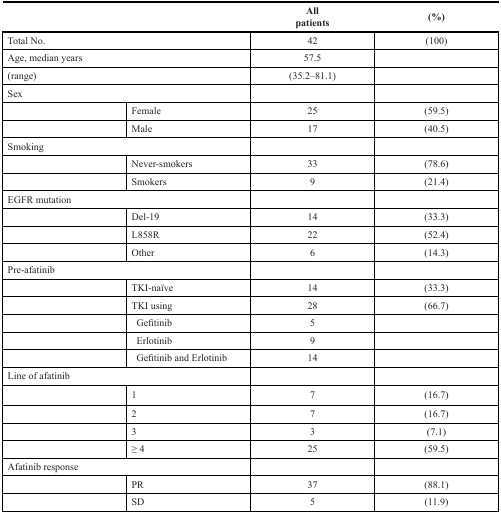
<table><thead><tr><td>[EMPTY_CELL]</td><td>[EMPTY_CELL]</td><td><b>All patients</b></td><td><b>(%)</b></td></tr></thead><tbody><tr><td colspan="2">Total No.</td><td>42</td><td>(100)</td></tr><tr><td colspan="2">Age, median years</td><td>57.5</td><td>[EMPTY_CELL]</td></tr><tr><td colspan="2">(range)</td><td>(35.2–81.1)</td><td>[EMPTY_CELL]</td></tr><tr><td colspan="2">Sex</td><td>[EMPTY_CELL]</td><td>[EMPTY_CELL]</td></tr><tr><td>[EMPTY_CELL]</td><td>Female</td><td>25</td><td>(59.5)</td></tr><tr><td>[EMPTY_CELL]</td><td>Male</td><td>17</td><td>(40.5)</td></tr><tr><td colspan="2">Smoking</td><td>[EMPTY_CELL]</td><td>[EMPTY_CELL]</td></tr><tr><td>[EMPTY_CELL]</td><td>Never-smokers</td><td>33</td><td>(78.6)</td></tr><tr><td>[EMPTY_CELL]</td><td>Smokers</td><td>9</td><td>(21.4)</td></tr><tr><td colspan="2">EGFR mutation</td><td>[EMPTY_CELL]</td><td>[EMPTY_CELL]</td></tr><tr><td>[EMPTY_CELL]</td><td>Del-19</td><td>14</td><td>(33.3)</td></tr><tr><td>[EMPTY_CELL]</td><td>L858R</td><td>22</td><td>(52.4)</td></tr><tr><td>[EMPTY_CELL]</td><td>Other</td><td>6</td><td>(14.3)</td></tr><tr><td colspan="2">Pre-afatinib</td><td>[EMPTY_CELL]</td><td>[EMPTY_CELL]</td></tr><tr><td>[EMPTY_CELL]</td><td>TKI-naïve</td><td>14</td><td>(33.3)</td></tr><tr><td>[EMPTY_CELL]</td><td>TKI using</td><td>28</td><td>(66.7)</td></tr><tr><td>[EMPTY_CELL]</td><td>Gefitinib</td><td>5</td><td>[EMPTY_CELL]</td></tr><tr><td>[EMPTY_CELL]</td><td>Erlotinib</td><td>9</td><td>[EMPTY_CELL]</td></tr><tr><td>[EMPTY_CELL]</td><td>Gefitinib and Erlotinib</td><td>14</td><td>[EMPTY_CELL]</td></tr><tr><td colspan="2">Line of afatinib</td><td>[EMPTY_CELL]</td><td>[EMPTY_CELL]</td></tr><tr><td>[EMPTY_CELL]</td><td>1</td><td>7</td><td>(16.7)</td></tr><tr><td>[EMPTY_CELL]</td><td>2</td><td>7</td><td>(16.7)</td></tr><tr><td>[EMPTY_CELL]</td><td>3</td><td>3</td><td>(7.1)</td></tr><tr><td>[EMPTY_CELL]</td><td>≥ 4</td><td>25</td><td>(59.5)</td></tr><tr><td colspan="2">Afatinib response</td><td>[EMPTY_CELL]</td><td>[EMPTY_CELL]</td></tr><tr><td>[EMPTY_CELL]</td><td>PR</td><td>37</td><td>(88.1)</td></tr><tr><td>[EMPTY_CELL]</td><td>SD</td><td>5</td><td>(11.9)</td></tr></tbody></table>